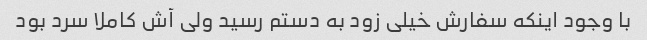
با وجود اینکه سفارش خیلی زود به دستم رسید ولی آش کاملا سرد بود